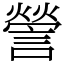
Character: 謍